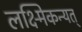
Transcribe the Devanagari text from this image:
लक्ष्मिकन्यत्